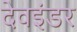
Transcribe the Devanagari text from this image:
देवइंडर